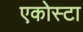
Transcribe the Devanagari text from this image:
एकोस्टा